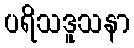
ပရိသဒူသနာ